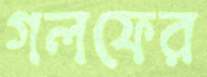
গলফের